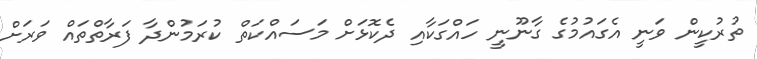
ތުރުކީން ވަނީ އެގައުމުގެ ގާނޫނީ ހައްގަކާއި ދެކޮޅަށް މަސައްކަތް ކުރަމުންދާ ފަރާތްތައް ވަރަށް